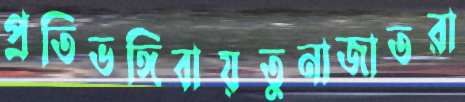
প্রতিভঙ্গিবায়তুনাজাতরা